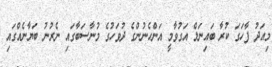
މިއަދު ފާހަގަ ކުރާ ބައިނަލް އަގުވާމީ އަންހެނުންގެ ދުވަހުގެ މުނާސަބާގައި ނެރުނު ބަޔާނެއްގައި